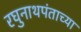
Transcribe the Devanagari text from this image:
रघुनाथपंताच्या